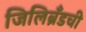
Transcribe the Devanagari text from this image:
जिलिब्रँडची